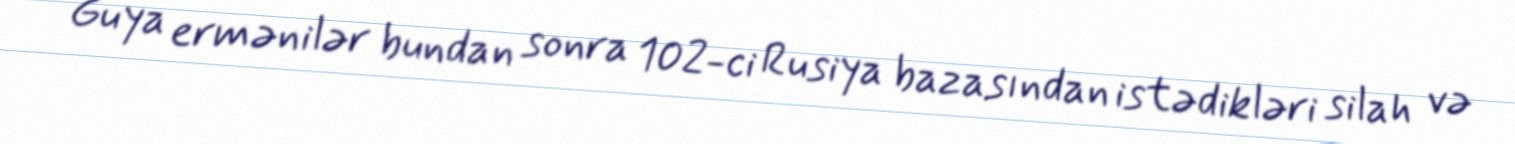
Guya ermənilər bundan sonra 102-ci Rusiya bazasından istədikləri silah və